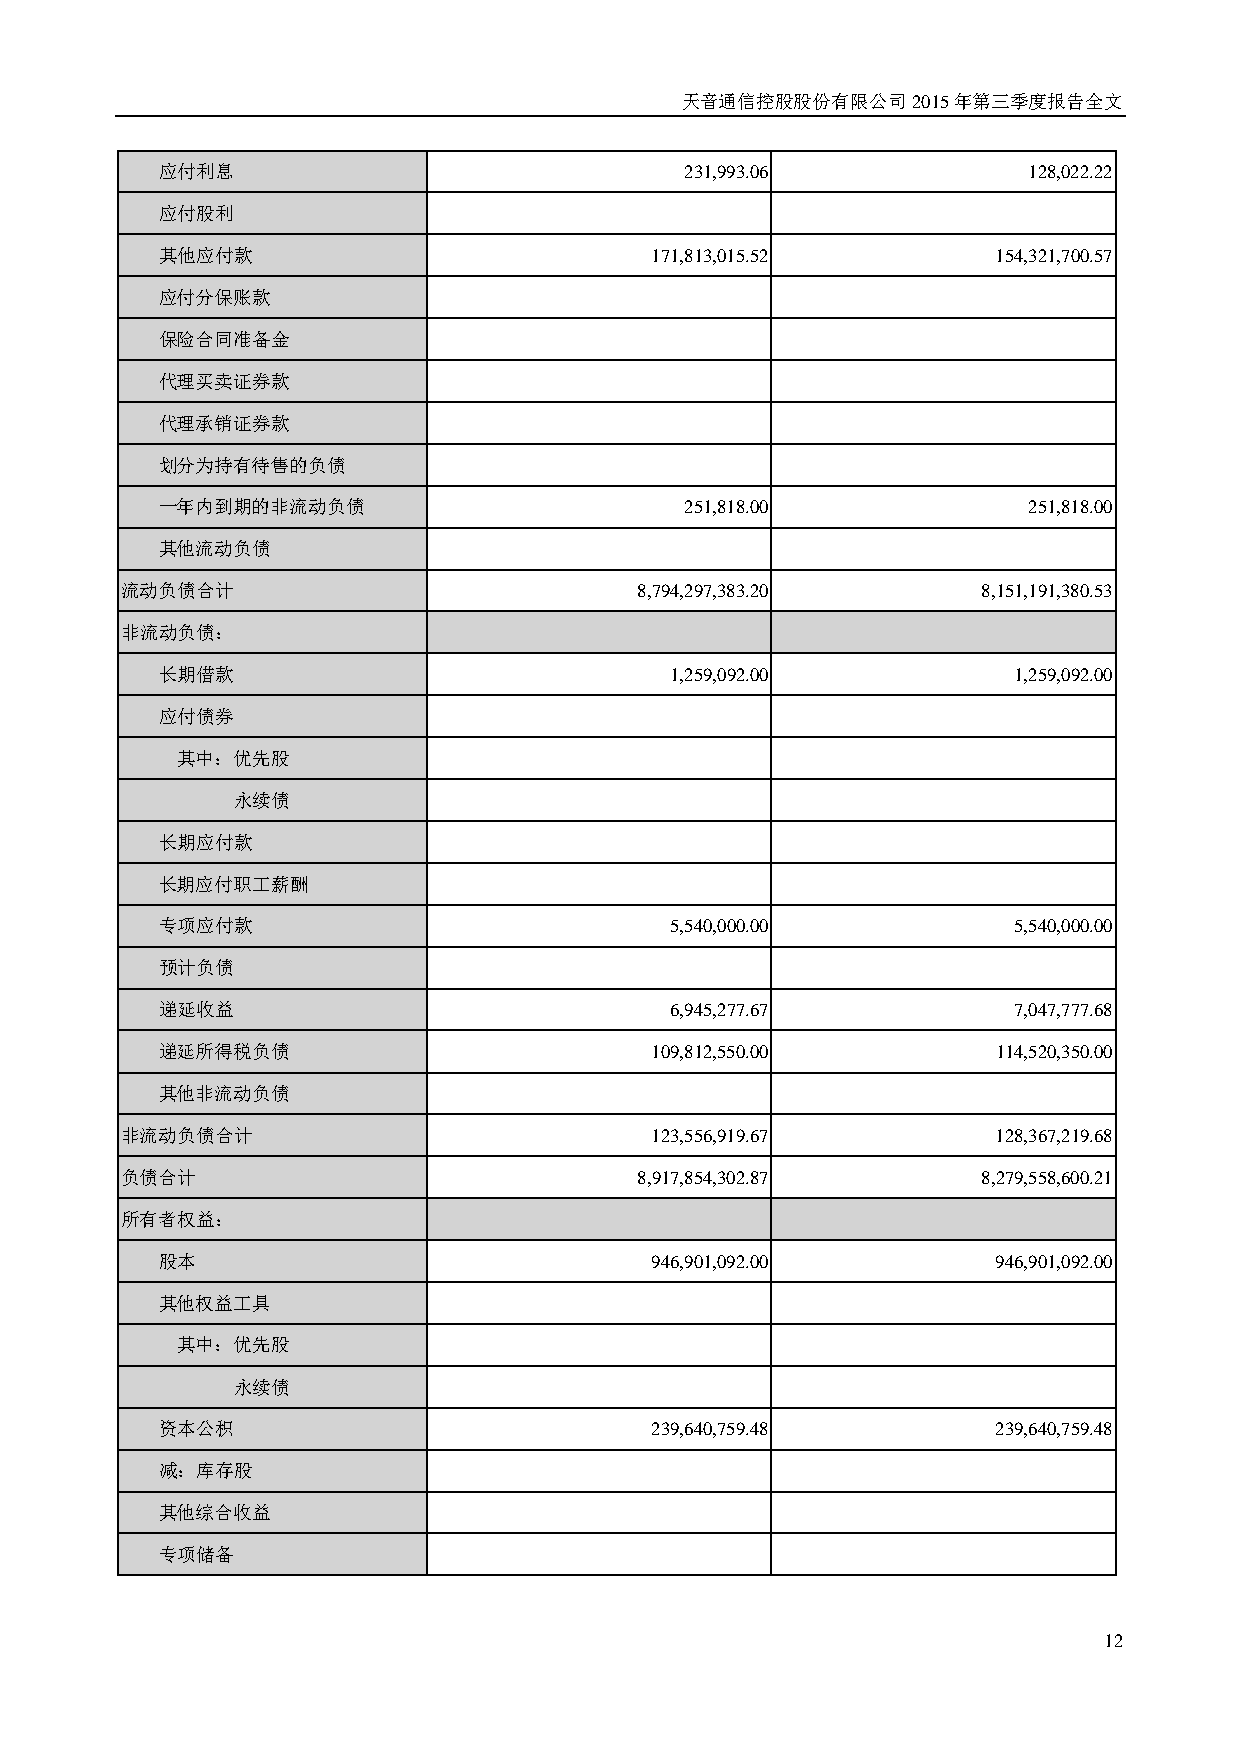
天音通信控股股份有限公司2015年第三季度报告全文
 应付利息                               231,993.06             128,022.22
 应付股利
 其他应付款                            171,813,015.52         154,321,700.57
 应付分保账款
 保险合同准备金
 代理买卖证券款
 代理承销证券款
 划分为持有待售的负债
 一年内到期的非流动负债                        251,818.00             251,818.00
 其他流动负债
 流动负债合计                            8,794,297,383.20       8,151,191,380.53
 非流动负债：
 长期借款                              1,259,092.00           1,259,092.00
 应付债券
 其中：优先股
 永续债
 长期应付款
 长期应付职工薪酬
 专项应付款                             5,540,000.00           5,540,000.00
 预计负债
 递延收益                              6,945,277.67           7,047,777.68
 递延所得税负债                          109,812,550.00         114,520,350.00
 其他非流动负债
 非流动负债合计                            123,556,919.67         128,367,219.68
 负债合计                              8,917,854,302.87       8,279,558,600.21
 所有者权益：
 股本                               946,901,092.00         946,901,092.00
 其他权益工具
 其中：优先股
 永续债
 资本公积                             239,640,759.48         239,640,759.48
 减：库存股
 其他综合收益
 专项储备
 12